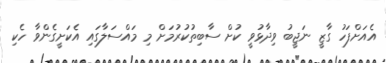
އެއަށްފަހު ގާޒީ ނަޖީބު ވިދާޅުވީ ކުށް ސާބިތުކުރުމަށް މި މައްސަލާގައި އެކަށީގެންވާ ހެކި